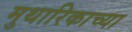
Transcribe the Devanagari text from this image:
मुथारिकाच्या